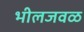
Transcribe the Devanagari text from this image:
भीलजवळ